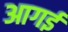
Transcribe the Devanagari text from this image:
आगई